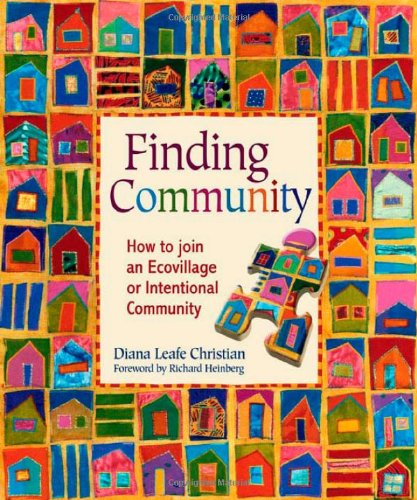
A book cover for Finding Community: How to Join an Ecovillage or Intentional Community; Diana Leafe Christian; Arts & Photography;